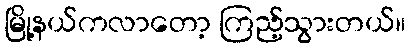
မြို့နယ်ကလာတော့ ကြည့်သွားတယ်။